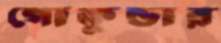
গোকুন্ডার